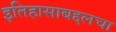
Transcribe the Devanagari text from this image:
इतिहासाबद्दलचा